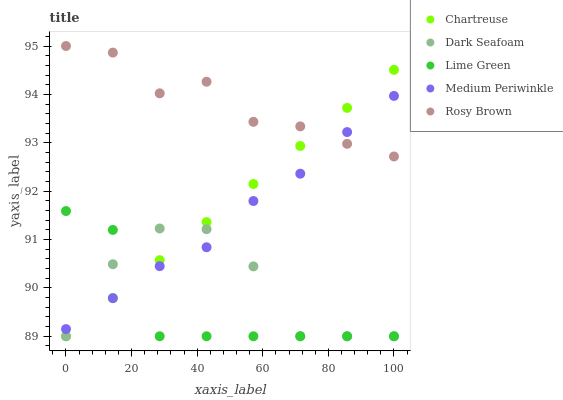
| xaxis_label | Chartreuse | Dark Seafoam | Lime Green | Medium Periwinkle | Rosy Brown |
 | --- | --- | --- | --- | --- | --- |
 | 0 | 89 | 89 | 91.6 | 89.1 | 95 |
 | 14.3 | 89.8 | 90.5 | 91.2 | 89.8 | 94.9 |
 | 28.6 | 90.6 | 91.2 | 89 | 90.4 | 94 |
 | 42.9 | 91.4 | 91.2 | 89 | 90.8 | 94.3 |
 | 57.1 | 92.1 | 90.4 | 89 | 91.8 | 93.4 |
 | 71.4 | 92.9 | 89 | 89 | 92.4 | 93.3 |
 | 85.7 | 93.7 | 89 | 89 | 93.2 | 93 |
 | 100 | 94.5 | 89 | 89 | 94 | 92.7 |